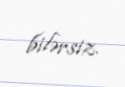
bilərsiz.